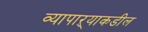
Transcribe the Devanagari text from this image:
व्यापाऱ्याकडील